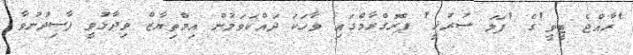
'ރާއްޖެ ޓީވީ'ގެ 'ފަލަ ސުރުޚީ' ޕްރޮގްރާމްގައި ވާހަކަ ދައްކަވަމުން އިމްތިޔާޒް ވިދާޅުވީ ފާސިދުނުވާ